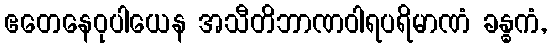
ဧတေနေဝုပါယေန အသီတိဘာဏဝါရပရိမာဏံ ခန္ဓကံ,